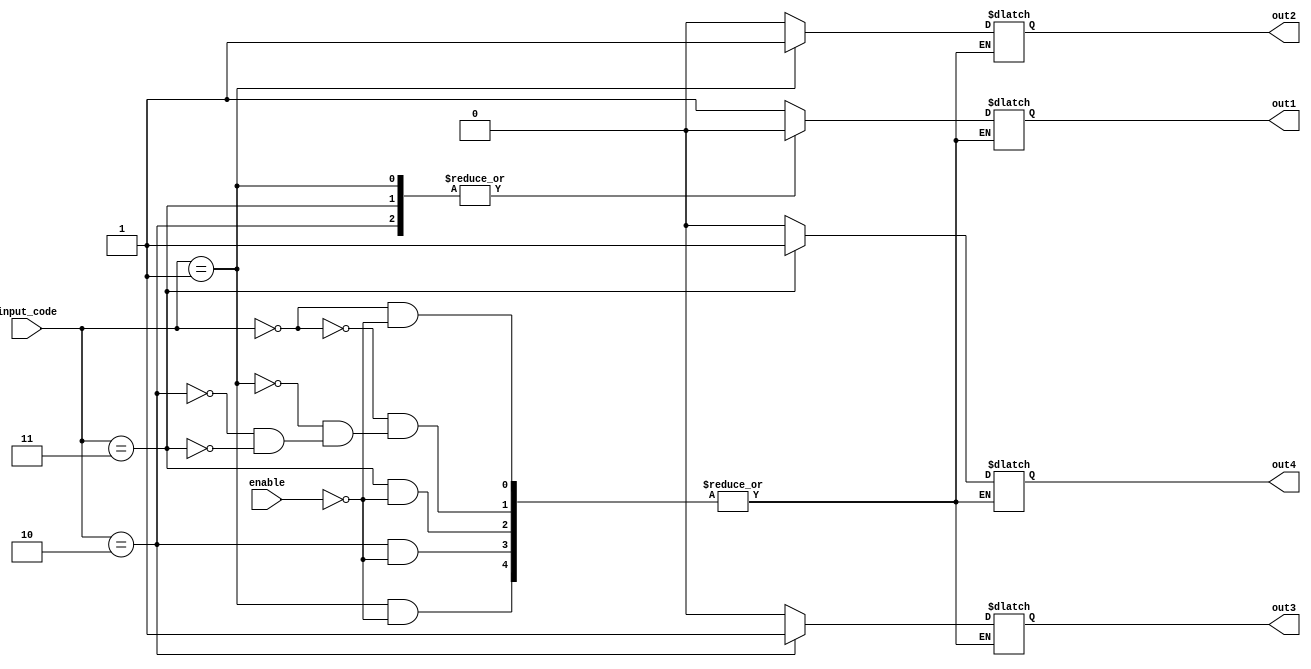
module demux_2to4(
  input [1:0] input_code,
  input enable,
  output reg out1,
  output reg out2,
  output reg out3,
  output reg out4
);

always @(input_code, enable) begin
  case(input_code)
    2'b00: begin
      if(enable)
        begin
          out1 <= 1;
          out2 <= 0;
          out3 <= 0;
          out4 <= 0;
        end
    end
    2'b01: begin
      if(enable)
        begin
          out1 <= 0;
          out2 <= 1;
          out3 <= 0;
          out4 <= 0;
        end
    end
    2'b10: begin
      if(enable)
        begin
          out1 <= 0;
          out2 <= 0;
          out3 <= 1;
          out4 <= 0;
        end
    end
    2'b11: begin
      if(enable)
        begin
          out1 <= 0;
          out2 <= 0;
          out3 <= 0;
          out4 <= 1;
        end
    end
    default: begin
      out1 <= 0;
      out2 <= 0;
      out3 <= 0;
      out4 <= 0;
    end
  endcase
end

endmodule